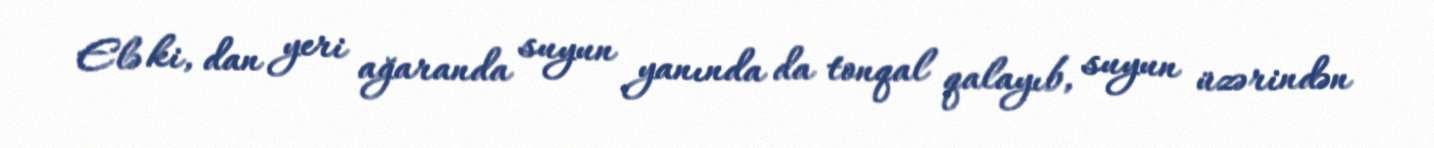
Elə ki, dan yeri ağaranda suyun yanında da tonqal qalayıb, suyun üzərindən